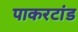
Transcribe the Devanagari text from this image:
पाकरटांड